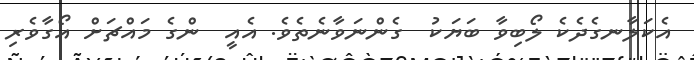
އެކަލާނގެދެކެ ލޯބިވާ ބަޔަކު  ގެންނަވާނެތެވެ. އެއީ  ންގެ މައްޗަށް އޯގާވެރި